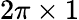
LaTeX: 2\pi\times 1